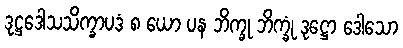
ဒုဋ္ဌဒေါသသိက္ခာပဒံ ၈ ယော ပန ဘိက္ခု ဘိက္ခုံ ဒုဋ္ဌော ဒေါသော